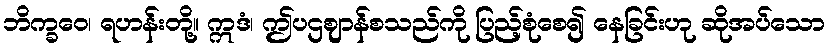
ဘိက္ခဝေ၊ ရဟန်းတို့။ ဣဒံ၊ ဤပဌဈာန်စသည်ကို ပြည့်စုံစေ၍ နေခြင်းဟု ဆိုအပ်သော